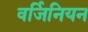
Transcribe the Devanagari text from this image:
वर्जिनियन